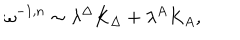
LaTeX: \omega ^ { - 1 , n } \sim \lambda ^ { \Delta } K _ { \Delta } + \lambda ^ { A } K _ { A } ,